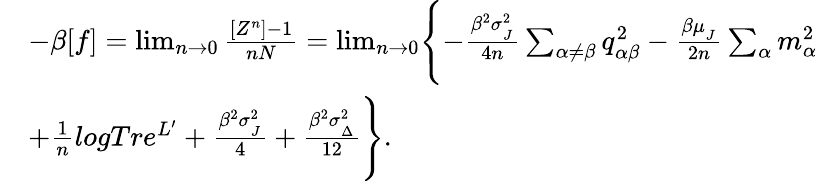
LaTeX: \begin{array}{rl}&{-\beta[f]=\operatorname*{lim}_{n\rightarrow 0}\frac{[Z^{n}]-1}{nN}=\operatorname*{lim}_{n\rightarrow 0}\Biggl\{ -\frac{\beta^{2}\sigma_{_{J}}^{2}}{4n}\sum_{\alpha\neq\beta}q_{\alpha\beta}^{2}-\frac{\beta\mu_{_{J}}}{2n}\sum_{\alpha}m_{\alpha}^{2}}\\ &{+\frac{1}{n}logTre^{L^{\prime}}+\frac{\beta^{2}\sigma_{_{J}}^{2}}{4}+\frac{\beta^{2}\sigma_{_{\Delta}}^{2}}{12}\Biggr\} .}\end{array}